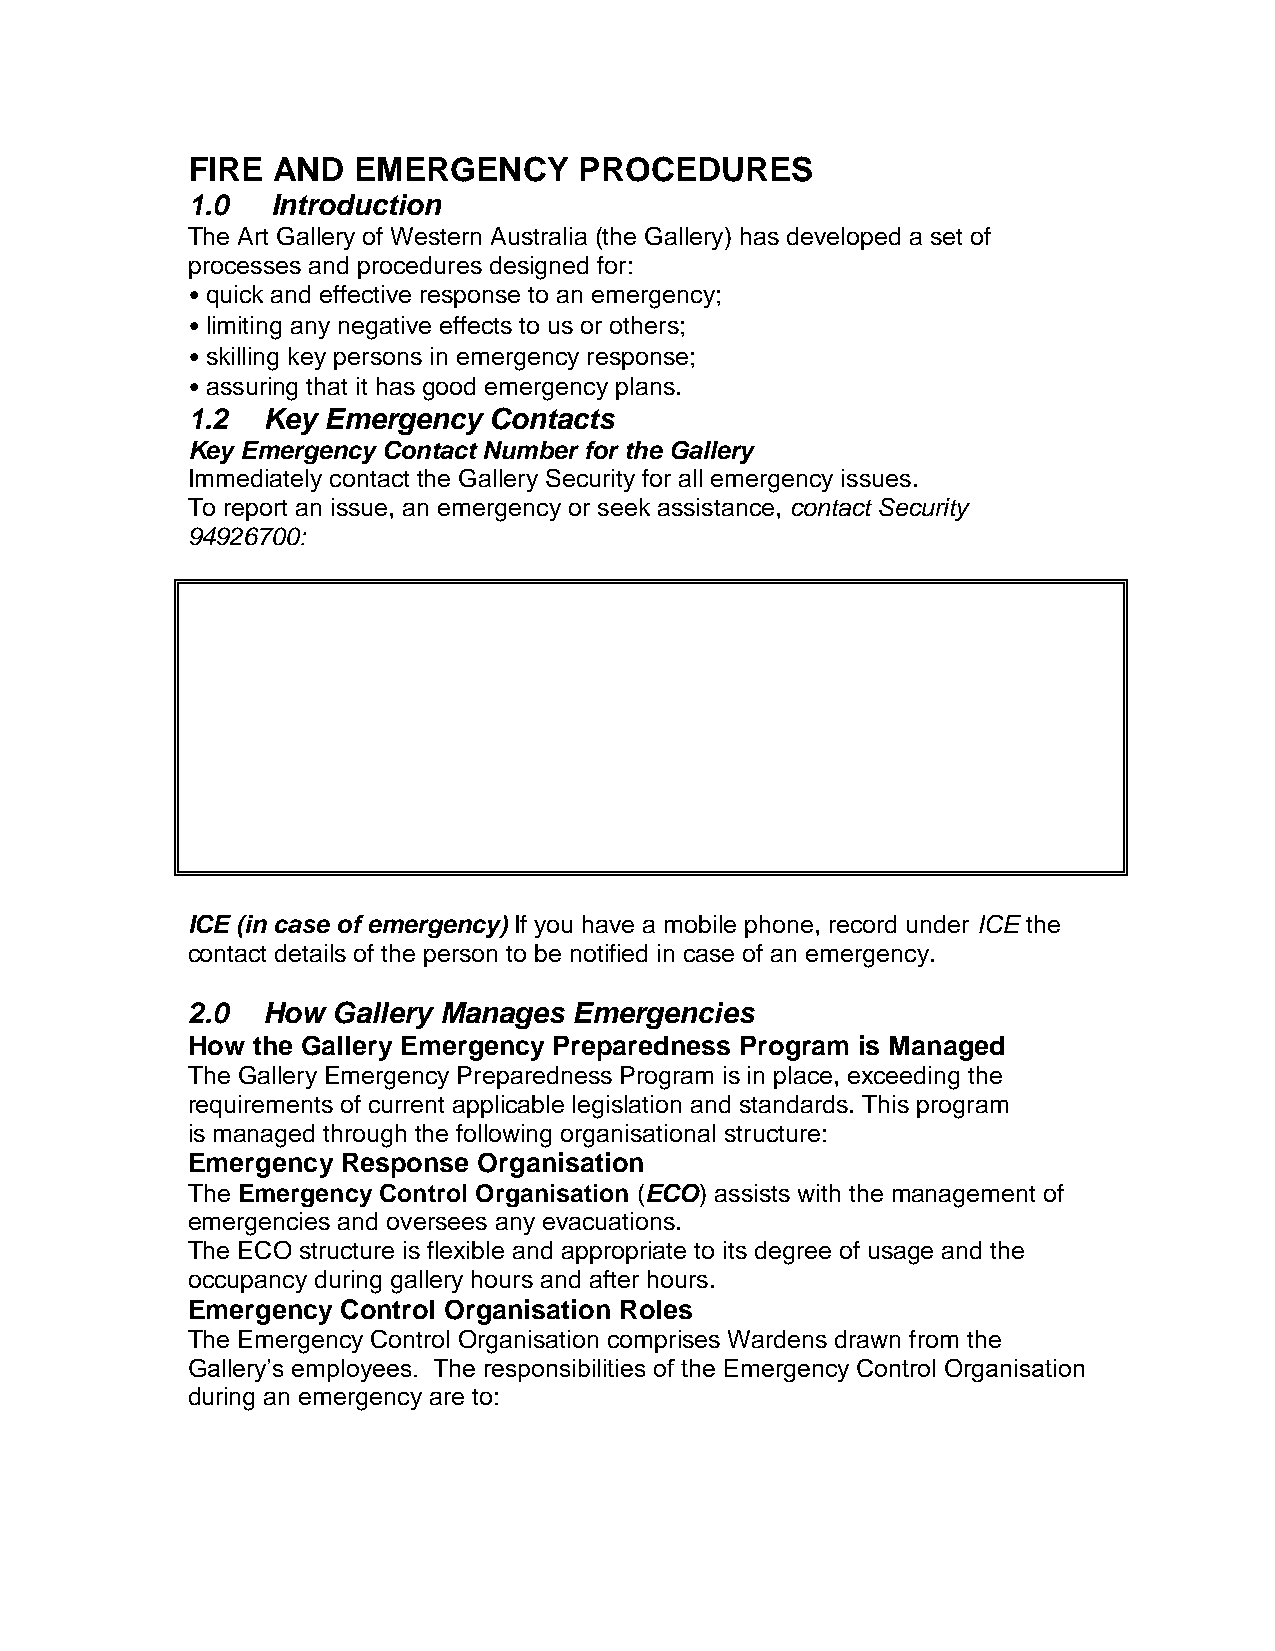
FIRE  AND  EMERGENCY      PROCEDURES
 1.0   Introduction
 The Art Gallery of Western Australia (the Gallery) has developed a set of
 processes and procedures designed for:
 • quick and effective response to an emergency;
 • limiting any negative effects to us or others;
 • skilling key persons in emergency response;
 • assuring that it has good emergency plans.
 1.2  Key Emergency  Contacts
 Key Emergency Contact Number for the Gallery
 Immediately contact the Gallery Security for all emergency issues.
 To report an issue, an emergency or seek assistance, contact Security
 94926700:
 ICE (in case of emergency) If you have a mobile phone, record under ICE the
 contact details of the person to be notified in case of an emergency.
 2.0  How  Gallery Manages Emergencies
 How  the Gallery Emergency Preparedness Program is Managed
 The Gallery Emergency Preparedness Program is in place, exceeding the
 requirements of current applicable legislation and standards. This program
 is managed through the following organisational structure:
 Emergency  Response Organisation
 The Emergency Control Organisation (ECO) assists with the management of
 emergencies and oversees any evacuations.
 The ECO structure is flexible and appropriate to its degree of usage and the
 occupancy during gallery hours and after hours.
 Emergency  Control Organisation Roles
 The Emergency Control Organisation comprises Wardens drawn from the
 Gallery’s employees. The responsibilities of the Emergency Control Organisation
 during an emergency are to: